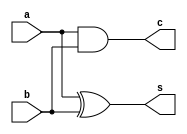
`timescale 1ns / 1ps
//////////////////////////////////////////////////////////////////////////////////
// Company: 
// Engineer: 
// 
// Design Name: 
// Module Name: hadd
// Project Name: 
// Target Devices: 
// Tool Versions: 
// Description: 
// 
// Dependencies: 
// 
// Revision:
// Revision 0.01 - File Created
// Additional Comments:
// 
//////////////////////////////////////////////////////////////////////////////////


module hadd(
input a,b,
output s,c

    );
    assign s = a^b;
    assign c = a&b;
endmodule